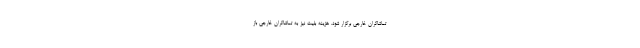
تماشاگران خارجی برگزار شود. هزینه بلیت نیز به تماشاگران خارجی باز